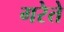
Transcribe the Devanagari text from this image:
गरेते